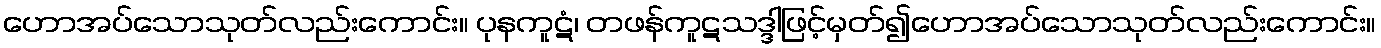
ဟောအပ်သောသုတ်လည်းကောင်း။ ပုနကူဋံ၊ တဖန်ကူဋသဒ္ဒါဖြင့်မှတ်၍ဟောအပ်သောသုတ်လည်းကောင်း။